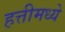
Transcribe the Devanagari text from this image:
हत्तीमध्ये